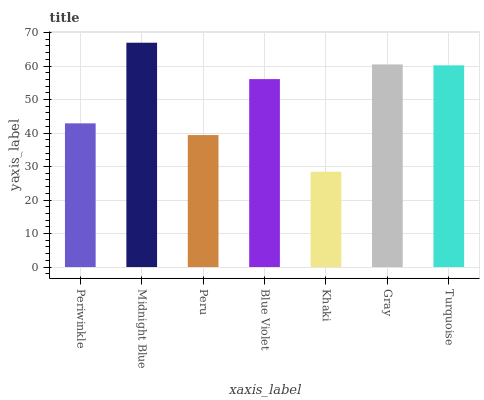
| xaxis_label | bars |
 | --- | --- |
 | Periwinkle | 42.9 |
 | Midnight Blue | 67 |
 | Peru | 39.4 |
 | Blue Violet | 56.1 |
 | Khaki | 28.4 |
 | Gray | 60.5 |
 | Turquoise | 60.2 |